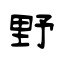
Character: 野